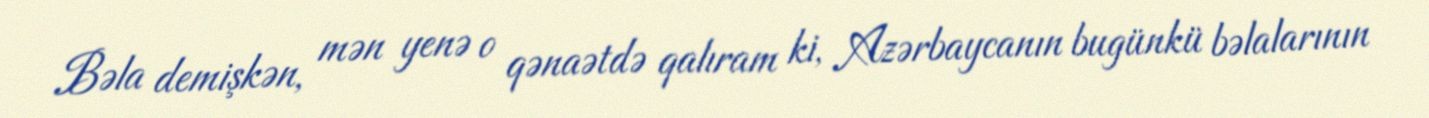
Bəla demişkən, mən yenə o qənaətdə qalıram ki, Azərbaycanın bugünkü bəlalarının